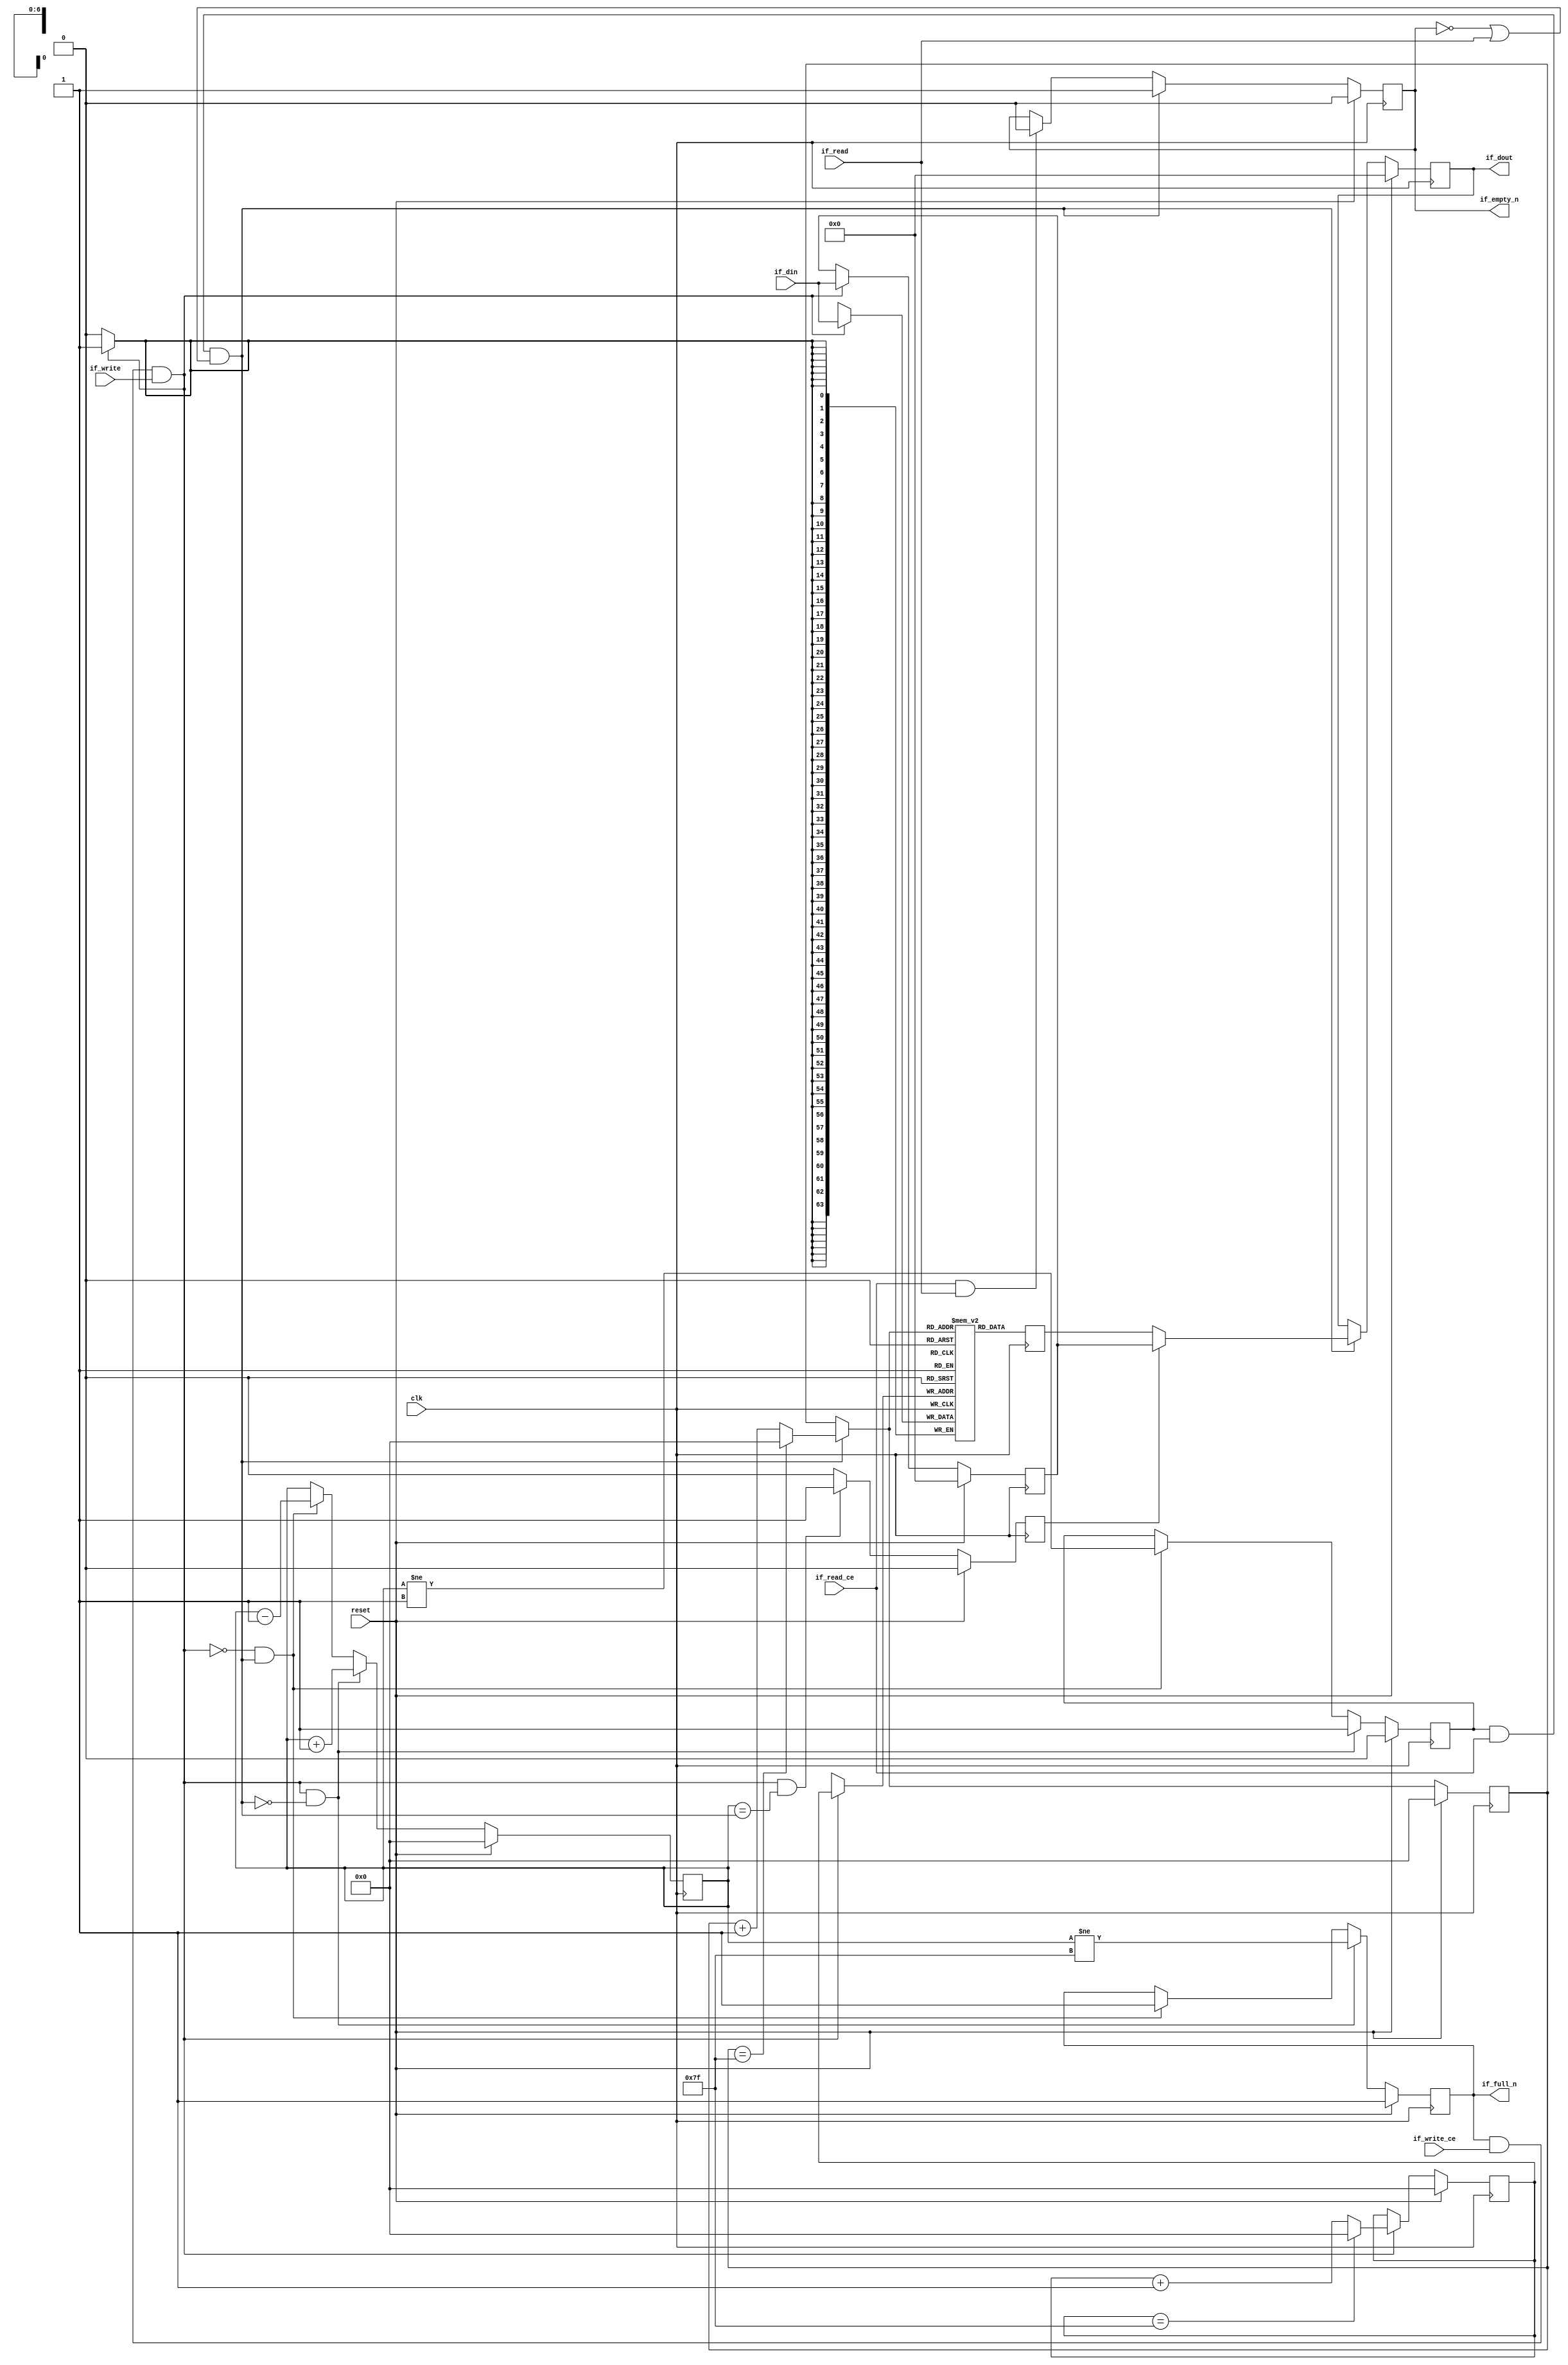
// This program was cloned from: https://github.com/zainryan/INSIDER-System
// License: MIT License

// ==============================================================
// File generated by Vivado(TM) HLS - High-Level Synthesis from C, C++ and SystemC
// Version: 2017.4.op
// Copyright (C) 1986-2018 Xilinx, Inc. All Rights Reserved.
// 
// ==============================================================


`timescale 1ns/1ps

module fifo_w64_d128_A
#(parameter
    MEM_STYLE   = "block",
    DATA_WIDTH  = 64,
    ADDR_WIDTH  = 7,
    DEPTH       = 128
)
(
    // system signal
    input  wire                  clk,
    input  wire                  reset,

    // write
    output wire                  if_full_n,
    input  wire                  if_write_ce,
    input  wire                  if_write,
    input  wire [DATA_WIDTH-1:0] if_din,

    // read
    output wire                  if_empty_n,
    input  wire                  if_read_ce,
    input  wire                  if_read,
    output wire [DATA_WIDTH-1:0] if_dout
);
//------------------------Parameter----------------------

//------------------------Local signal-------------------
(* ram_style = MEM_STYLE *)
reg  [DATA_WIDTH-1:0] mem[0:DEPTH-1];
reg  [DATA_WIDTH-1:0] q_buf = 1'b0;
reg  [ADDR_WIDTH-1:0] waddr = 1'b0;
reg  [ADDR_WIDTH-1:0] raddr = 1'b0;
wire [ADDR_WIDTH-1:0] wnext;
wire [ADDR_WIDTH-1:0] rnext;
wire                  push;
wire                  pop;
reg  [ADDR_WIDTH-1:0] usedw = 1'b0;
reg                   full_n = 1'b1;
reg                   empty_n = 1'b0;
reg  [DATA_WIDTH-1:0] q_tmp = 1'b0;
reg                   show_ahead = 1'b0;
reg  [DATA_WIDTH-1:0] dout_buf = 1'b0;
reg                   dout_valid = 1'b0;


//------------------------Instantiation------------------

//------------------------Task and function--------------

//------------------------Body---------------------------
assign if_full_n  = full_n;
assign if_empty_n = dout_valid;
assign if_dout    = dout_buf;
assign push       = full_n & if_write_ce & if_write;
assign pop        = empty_n & if_read_ce & (~dout_valid | if_read);
assign wnext      = !push                ? waddr :
                    (waddr == DEPTH - 1) ? 1'b0  :
                    waddr + 1'b1;
assign rnext      = !pop                 ? raddr :
                    (raddr == DEPTH - 1) ? 1'b0  :
                    raddr + 1'b1;

// waddr
always @(posedge clk) begin
    if (reset == 1'b1)
        waddr <= 1'b0;
    else
        waddr <= wnext;
end

// raddr
always @(posedge clk) begin
    if (reset == 1'b1)
        raddr <= 1'b0;
    else
        raddr <= rnext;
end

// usedw
always @(posedge clk) begin
    if (reset == 1'b1)
        usedw <= 1'b0;
    else if (push & ~pop)
        usedw <= usedw + 1'b1;
    else if (~push & pop)
        usedw <= usedw - 1'b1;
end

// full_n
always @(posedge clk) begin
    if (reset == 1'b1)
        full_n <= 1'b1;
    else if (push & ~pop)
        full_n <= (usedw != DEPTH - 1);
    else if (~push & pop)
        full_n <= 1'b1;
end

// empty_n
always @(posedge clk) begin
    if (reset == 1'b1)
        empty_n <= 1'b0;
    else if (push & ~pop)
        empty_n <= 1'b1;
    else if (~push & pop)
        empty_n <= (usedw != 1'b1);
end

// mem
always @(posedge clk) begin
    if (push)
        mem[waddr] <= if_din;
end

// q_buf
always @(posedge clk) begin
    q_buf <= mem[rnext];
end

// q_tmp
always @(posedge clk) begin
    if (reset == 1'b1)
        q_tmp <= 1'b0;
    else if (push)
        q_tmp <= if_din;
end

// show_ahead
always @(posedge clk) begin
    if (reset == 1'b1)
        show_ahead <= 1'b0;
    else if (push && usedw == pop)
        show_ahead <= 1'b1;
    else
        show_ahead <= 1'b0;
end

// dout_buf
always @(posedge clk) begin
    if (reset == 1'b1)
        dout_buf <= 1'b0;
    else if (pop)
        dout_buf <= show_ahead? q_tmp : q_buf;
end

// dout_valid
always @(posedge clk) begin
    if (reset == 1'b1)
        dout_valid <= 1'b0;
    else if (pop)
        dout_valid <= 1'b1;
    else if (if_read_ce & if_read)
        dout_valid <= 1'b0;
end

endmodule